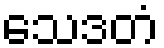
သေဒတံ